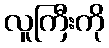
လူကြီးကို